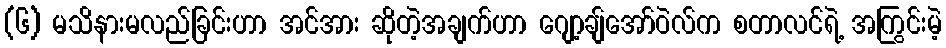
(၆) မသိနားမလည်ခြင်းဟာ အင်အား ဆိုတဲ့အချက်ဟာ ဂျော့ချ်အော်ဝဲလ်က စတာလင်ရဲ့ အကြွင်းမဲ့